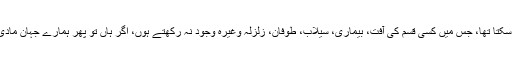
پہلا سؤال: کیا خدا ایسا جہان نہیں بنا سکتا تھا، جس میں کسی قسم کی آفت، بیماری، سیلاب، طوفان، زلزلہ وغیرہ وجود نہ رکھتے ہوں، اگر ہاں تو پھر ہمارے جہان مادی میں ایسی آفات کیوں پائی جاتی ہیں۔